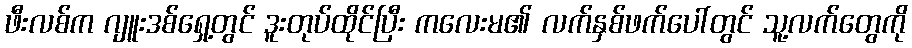
ဖီးလစ်က ဂျူးဒစ်ရှေ့တွင် ဒူးတုပ်ထိုင်ပြီး ကလေးမ၏ လက်နှစ်ဖက်ပေါ်တွင် သူ့လက်တွေကို